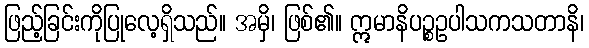
ဖြည့်ခြင်းကိုပြုလေ့ရှိသည်။ အမှိ၊ ဖြစ်၏။ ဣမာနိပဉ္စဥပါသကသတာနိ၊